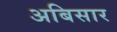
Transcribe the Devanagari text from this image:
अबिसार